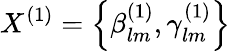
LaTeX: X^{(1)}=\left\lbrace{\beta_{lm}^{(1)},\gamma_{lm}^{(1)}}\right\rbrace